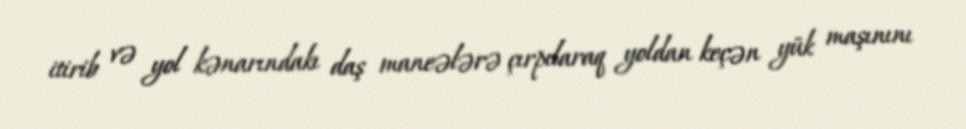
itirib və yol kənarındakı daş maneələrə çırpılaraq yoldan keçən yük maşınını